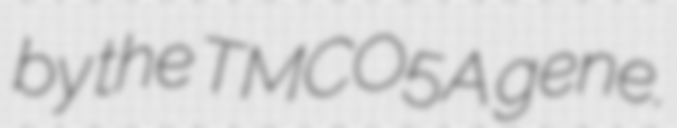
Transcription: by the TMCO5A gene.